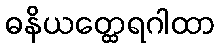
ဓနိယတ္ထေရဂါထာ